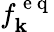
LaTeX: f_{\mathbf{k}}^{\mathrm{{~e~q~}}}